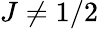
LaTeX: J\neq 1/2